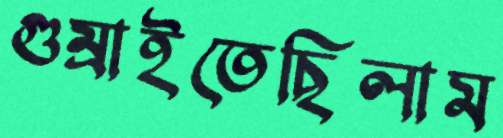
গুম্‌রাইতেছিলাম